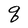
Character: q